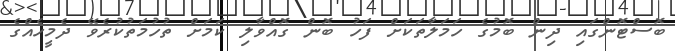
ބޮސްޓޮންގައި ދިން ބޮމުގެ ހަމަލާތަކަށް ފަހު ބޮން ގޮއްވާލި ކަމަށް ތުހުމަތުކުރެވޭ ދެމީހެއްގެ